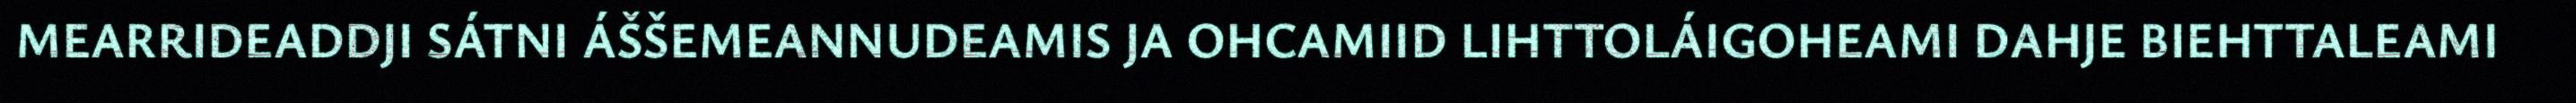
MEARRIDEADDJI SÁTNI ÁŠŠEMEANNUDEAMIS JA OHCAMIID LIHTTOLÁIGOHEAMI DAHJE BIEHTTALEAMI